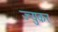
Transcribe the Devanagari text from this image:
ज्युकर